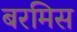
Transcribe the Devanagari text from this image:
बरमिस